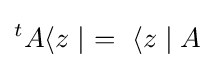
{}^{t}A\langle z\mid ~=~\langle z\mid A